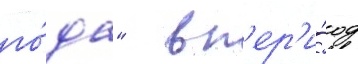
го́да"  в п'ер'и́од